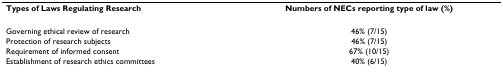
<table><thead><tr><td><b>Types of Laws Regulating Research</b></td><td><b>Numbers of NECs reporting type of law (%)</b></td></tr></thead><tbody><tr><td>Governing ethical review of research</td><td>46% (7/15)</td></tr><tr><td>Protection of research subjects</td><td>46% (7/15)</td></tr><tr><td>Requirement of informed consent</td><td>67% (10/15)</td></tr><tr><td>Establishment of research ethics committees</td><td>40% (6/15)</td></tr></tbody></table>